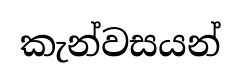
කැන්වසයන්